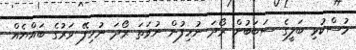
މުސްކުޅި ބަލީގެ ސަބަބުން ރޯދަ ނުހިފުން ނުވަތަ ރޯދަ ނުހިފޭ ވަރުގެ ބައްޔެއް